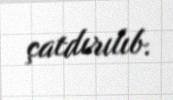
çatdırılıb.